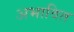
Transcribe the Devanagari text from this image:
अभावित